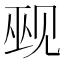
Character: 觋